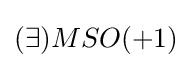
(\exists )MSO(+1)